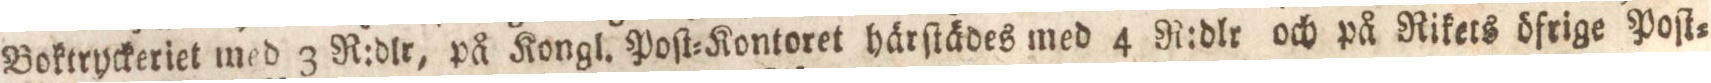
Boktryckeriet med 3 R:dlr, på Kongl. Poſt=Kontoret härſtädes med 4 R:dlr och på Rikets öfrige Poſt=